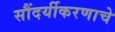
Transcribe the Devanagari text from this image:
सौंदर्यीकरणाचे